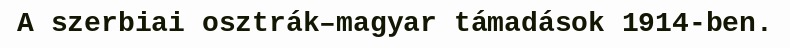
A szerbiai osztrák–magyar támadások 1914-ben.